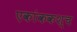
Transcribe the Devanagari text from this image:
एकांककश्च